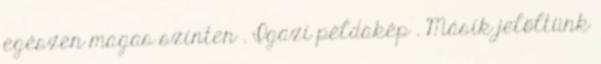
egészen magas szinten . Igazi példakép . Másik jelöltünk